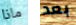
ماذا بعد